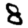
Digit: 8